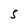
Character: S